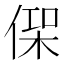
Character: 𠋸